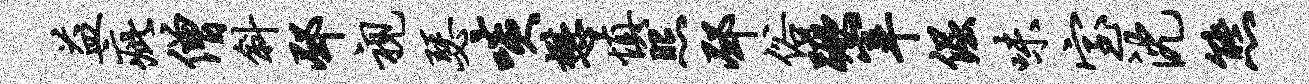
益疵僧斜邳视瑟啖懋慎照邳俗蹶宰倔味室沈熊